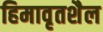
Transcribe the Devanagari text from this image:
हिमावृतशैल